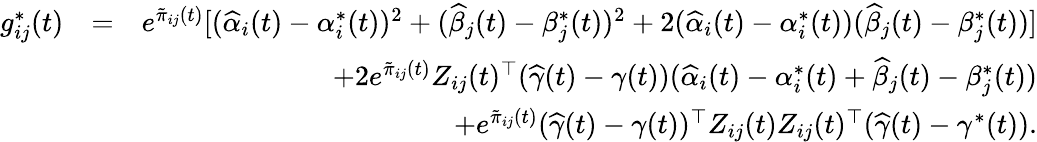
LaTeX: \begin{array}{rlr}{g_{ij}^{*}(t)}&{=}&{e^{\tilde{\pi}_{ij}(t)}[(\widehat{\alpha}_{i}(t)-\alpha_{i}^{*}(t))^{2}+(\widehat{\beta}_{j}(t)-\beta_{j}^{*}(t))^{2}+2(\widehat{\alpha}_{i}(t)-\alpha_{i}^{*}(t))(\widehat{\beta}_{j}(t)-\beta_{j}^{*}(t))]}\\ &{}&{+2e^{\tilde{\pi}_{ij}(t)}Z_{ij}(t)^{\top}(\widehat{\gamma}(t)-\gamma(t))(\widehat{\alpha}_{i}(t)-\alpha_{i}^{*}(t)+\widehat{\beta}_{j}(t)-\beta_{j}^{*}(t))}\\ &{}&{+e^{\tilde{\pi}_{ij}(t)}(\widehat{\gamma}(t)-\gamma(t))^{\top}Z_{ij}(t)Z_{ij}(t)^{\top}(\widehat{\gamma}(t)-\gamma^{*}(t)).}\end{array}